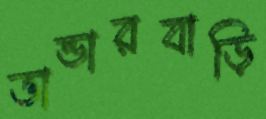
ভান্ডারবাড়ি